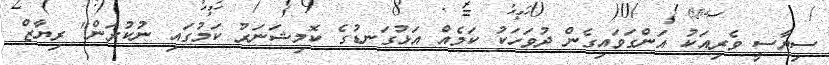
ސިޔާސީ ވެރިއަކު އަންގަވައިގެން ދުވަހަކު ކަމެއް އަޅުގަނޑުގެ ކޮމިޝަނަރު ކަމުގައި ނުކުރަން" ރިޔާޒް